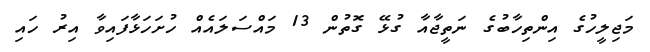
މަޖިލީހުގެ އިންތިހާބުގެ ނަތީޖާއާ ގުޅޭ ގޮތުން 13 މައްސަލައެއް ހުށަހަޅާފައިވާ އިރު ހައި